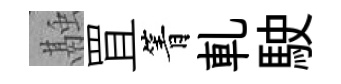
融罝箐軋駛